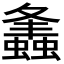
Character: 𧒒